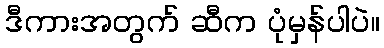
ဒီကားအတွက် ဆီက ပုံမှန်ပါပဲ။